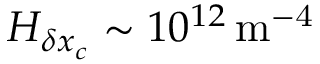
H _ { \delta x _ { c } } \sim 1 0 ^ { 1 2 } \, \mathrm { m ^ { - 4 } }